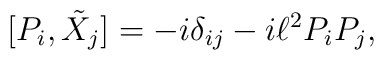
[P_i, \tilde{X}_j] = - i \delta_{ij} - i \ell^2 P_i P_j,